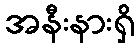
အနီးနားရှိ